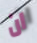
ان